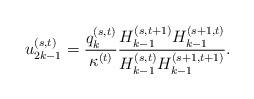
LaTeX: \begin{align*}u_{2k-1}^{(s,t)}=\frac{q_k^{(s,t)}}{\kappa^{(t)}}\frac{H_{k-1}^{(s,t+1)}H_{k-1}^{(s+1,t)}}{H_{k-1}^{(s,t)}H_{k-1}^{(s+1,t+1)}}.\end{align*}